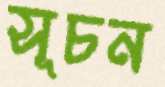
সূচন